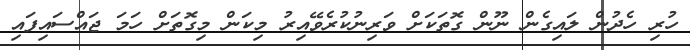
ހުރި ހެދުން ލައިގެން ނޫން ގޮތަކަށް ވަރިނުކުރެވޭއިރު މިކަން މިގޮތަށް ހަމަ ޖައްސައިފައި